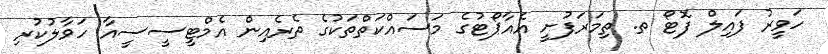
ހަވީރު ފައިލް ފޮޓޯ ތ. ތިމަރަފުށީ އެއާޕޯޓުގެ މަސައްކަތްތަކުގެ ތެރެއިން އެމްޓީސީސީއާ ހަވާލުކުރި